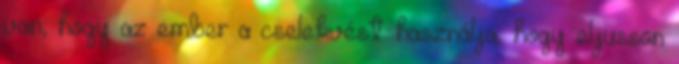
van, hogy az ember a cselekvést használja, hogy eljusson